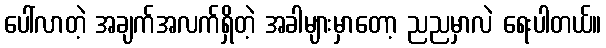
ပေါ်လာတဲ့ အချက်အလက်ရှိတဲ့ အခါများမှာတော့ ညညမှာလဲ ရေးပါတယ်။